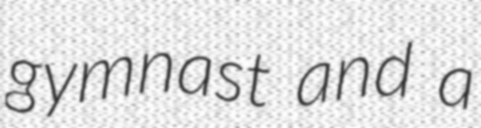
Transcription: gymnast and a